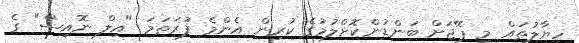
ހިޔާލުތައް މި ޕޭޖަށް ބަންޑުންކޮށްލުމުގެ ކުރިން އެންމެ ފުރަތަމަ "އިލް ނޮއިސް" ގެ